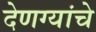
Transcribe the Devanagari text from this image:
देणग्यांचे